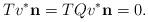
LaTeX: \begin{align*}Tv^*\mathbf n=TQv^*\mathbf n=0.\end{align*}